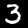
Digit: 3